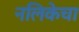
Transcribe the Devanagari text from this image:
नलिकेचा